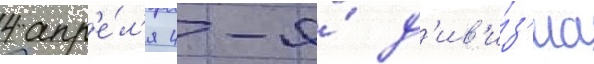
4 апр'е́л'я 4-я́ д'ив'и́з'иа